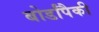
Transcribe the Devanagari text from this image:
बोर्डांपैकी